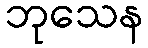
ဘုသေန